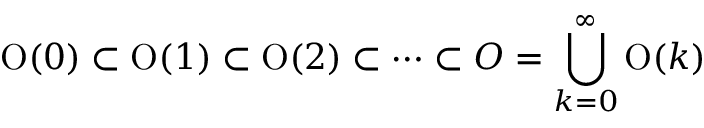
\operatorname { O } ( 0 ) \subset \operatorname { O } ( 1 ) \subset \operatorname { O } ( 2 ) \subset \cdots \subset O = \bigcup _ { k = 0 } ^ { \infty } \operatorname { O } ( k )